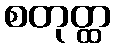
စတုတ္ထ